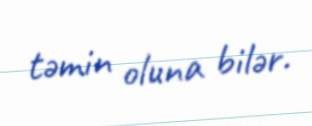
təmin oluna bilər.